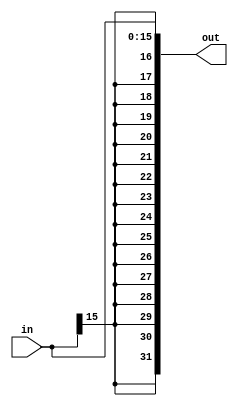
//SignExtend.v

module SignExtend(
	input wire [15:0] in,
	output reg [31:0] out);
	
	always @(in) begin
		out = { {16{in[15]}}, in[15:0] };
	end
endmodule